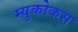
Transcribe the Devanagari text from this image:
म्युकोकस